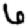
Digit: 6